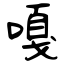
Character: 嘎